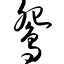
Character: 鸳